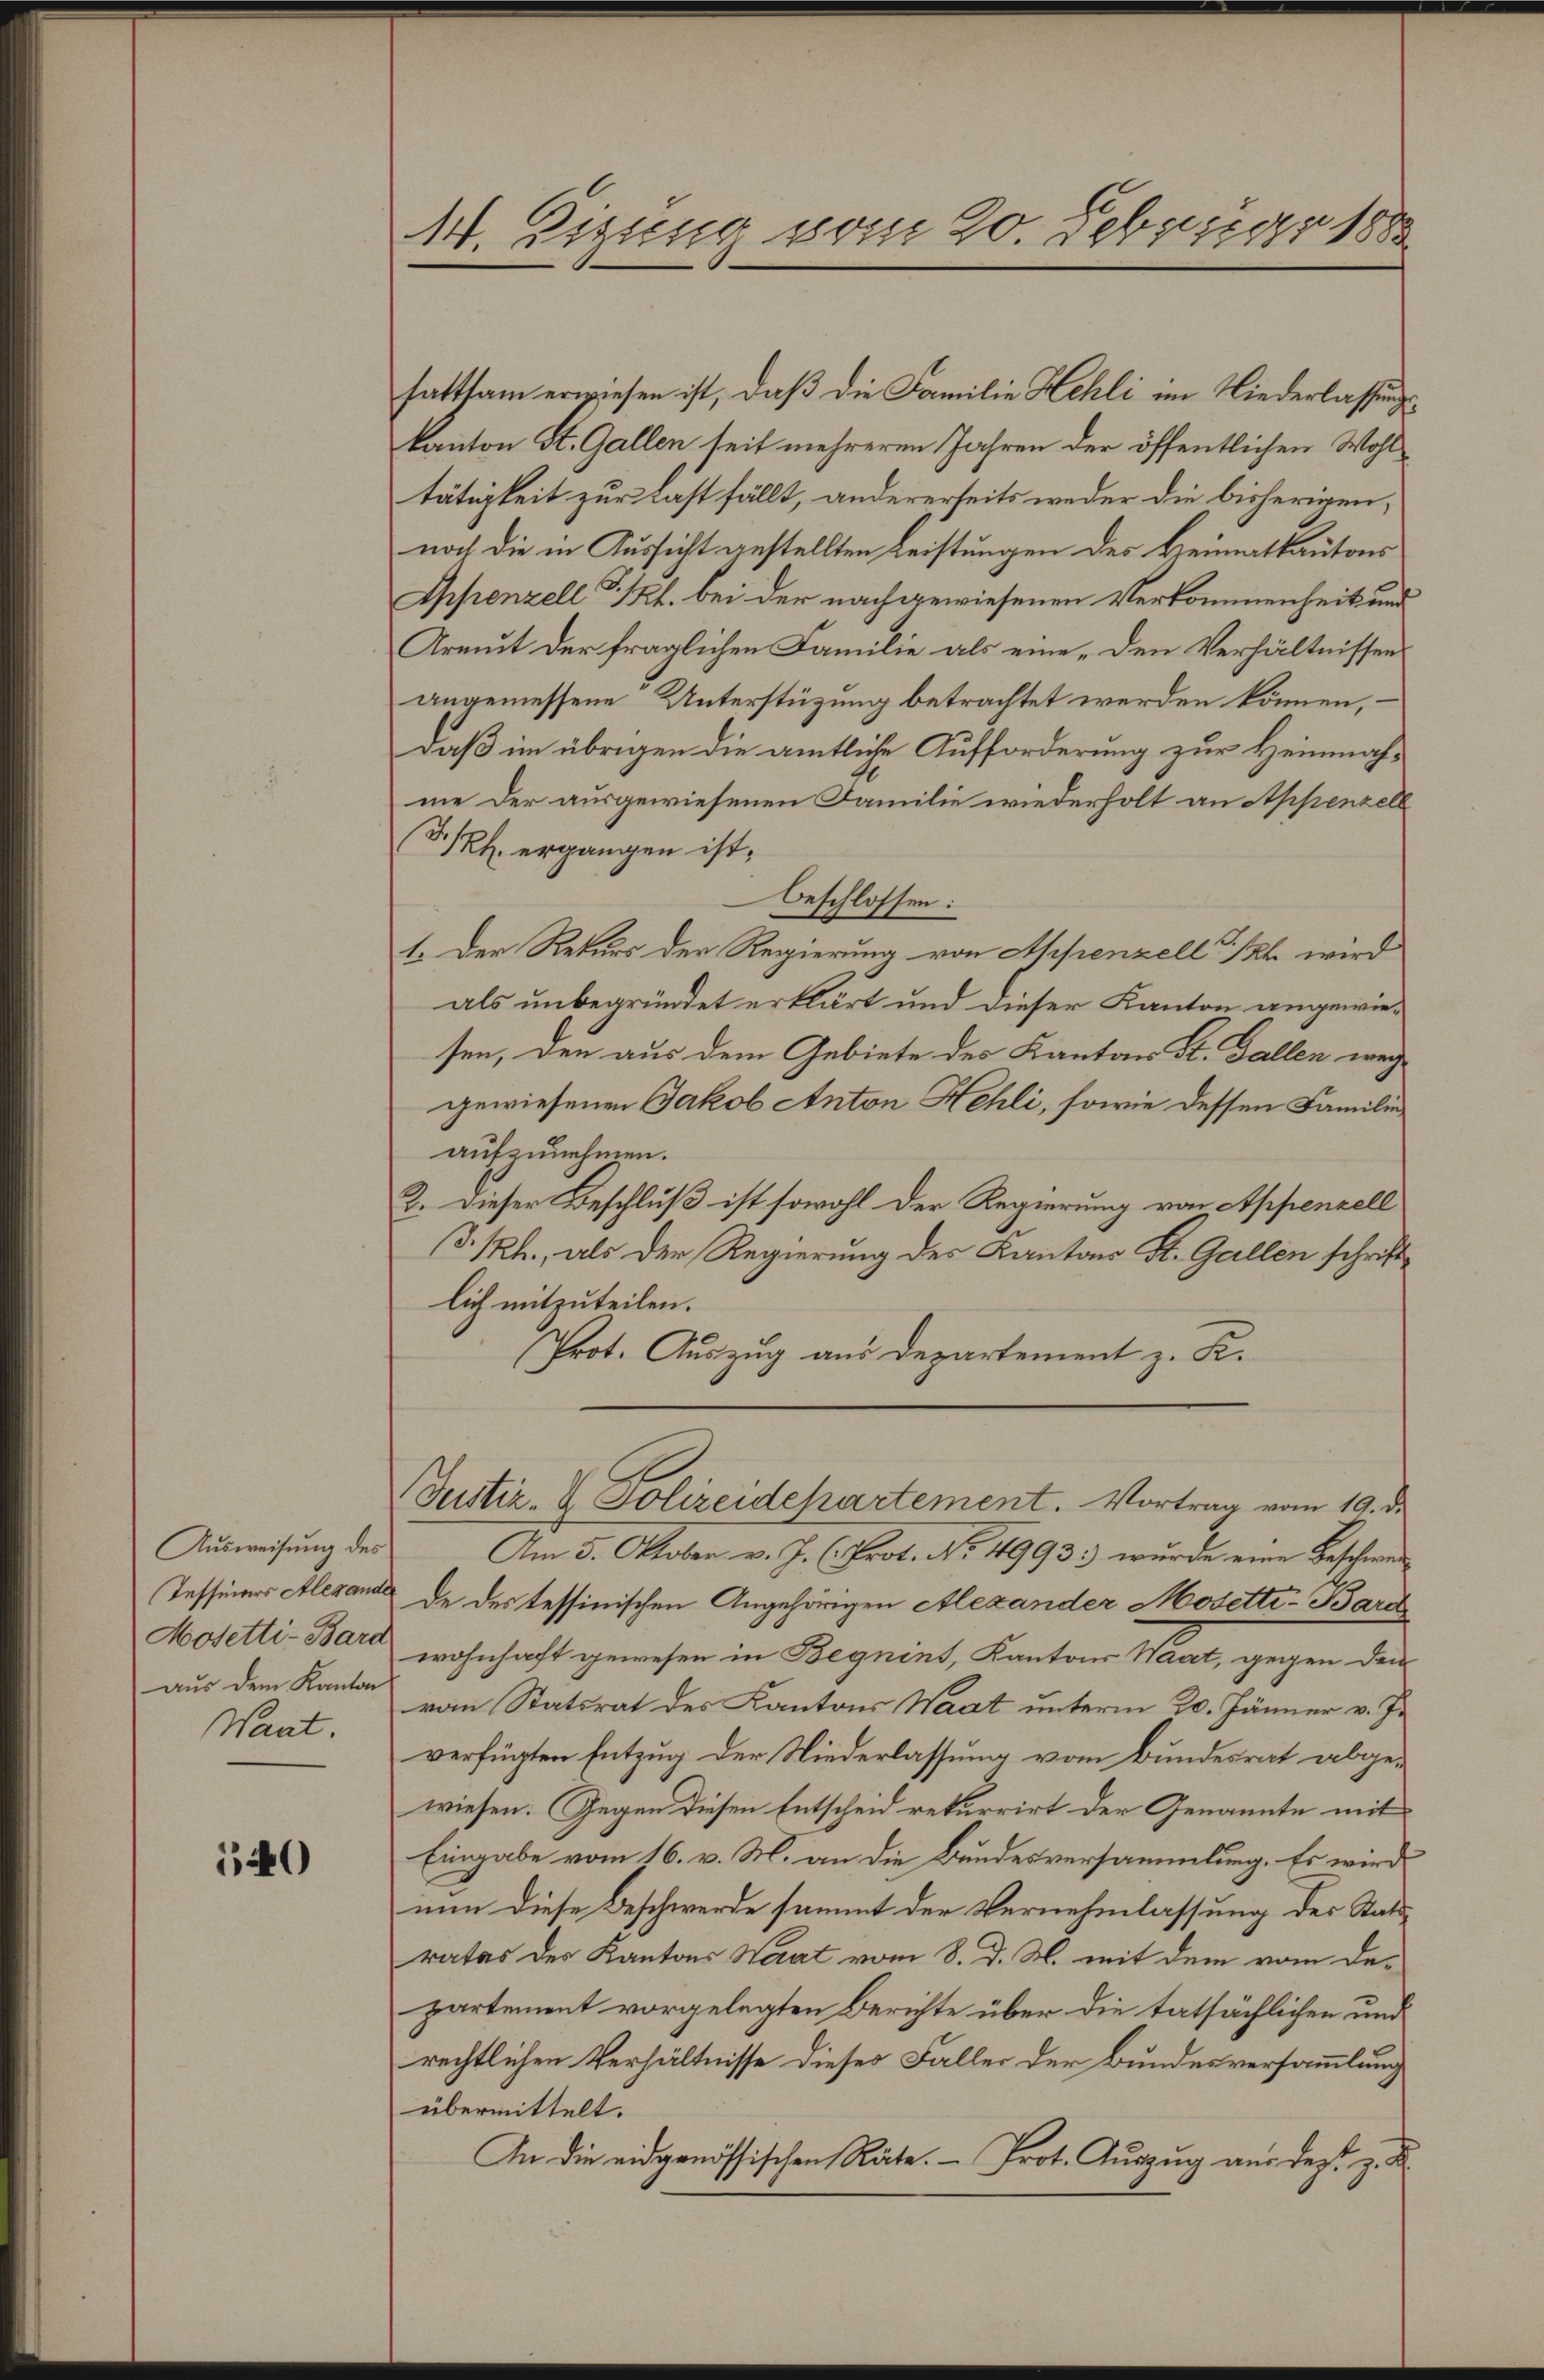
Ausweisung des
Mosetti-Bard
aus dem Kanton
Want.

540

sattsam erwiesen ist, daß die Familie Hehli im Niederlassungskanton St. Gallen seit mehreren Jahren der öffentlichen Wohltätigkeit zur Last fällt, andererseits weder die bisherigen,
noch die in Aussicht gestellten Leistungen des Heimatkantons
Appenzell I. Kl. bei der nachgewiesenen Verkommenheit und
Armut der fraglichen Familie als eine „den Verhältnissen
angemessene Unterstüzung betrachtet werden können,
daß im übrigen die amtliche Aufforderung zur Heinnahme der ausgewiesenen Familie wiederholt an Appenzell
D. h. ergangen ist,
beschlossen:
1. Der Rekurs der Regierung von Appenzell ich wird
als unbegründet erklärt und dieser Kanton angewiesen, den aus dem Gebiete des Kanton St. Gallen wege
gewiesenen Jakob Anton Hehli, sowie dessen Familie
aufzunehmen.
2. Dieser Beschluß ist sowohl der Regierung von Appenzell
d. h., als der Regierung des Kantons St. Gallen schriftlich mitzuteilen.
Prot. Auszug aus Departement z. R.
Bustiz- & Polizeidehartement. Vortrag vom 19. d.
Am 5. Oktober v. J. (Prot. No. 4993.) wurde eine Beschwer¬
Tessiners Alexande de des tessinischen Angehörigen Alexander Modetti-Bare
wohnhaft gewesen in Beguins, Kantons Haat, gegen den
von Statsrat des Kantons Waat unterm 20. Jänner v. J.
verfügten Entzug der Niederlassung vom Bundesrat abgewiesen. Gegen diesen Entscheid rekurrirt der Genannte mit
Eingabe vom 16. v. M. an die Bundesversammlung. Es wird
nun diese Beschwerde sammt der Vernehmlassung des Stattrates des Kantons Wart vom 8. d. M. mit dem vom De-
partement vorgelegten Berichte über die tatsächlichen und
rechtlichen Verhältnisse dieses Faller der Bundesversammlung
übermittelt.
An die eidgenössischen Räte. - Prot. Auszug aus des z. B.

14. Eizung vom 20. Februar 1888